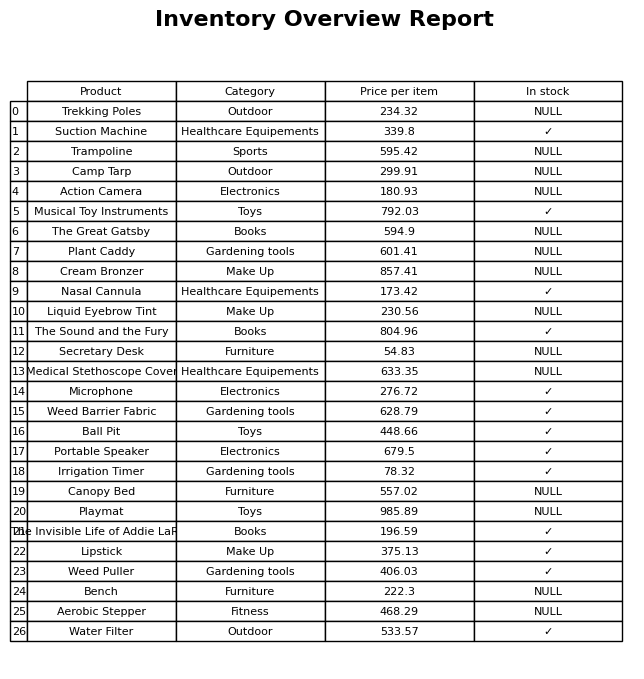
question: Which products are available in stock?
answer: Suction Machine, Musical Toy Instruments, Nasal Cannula, The Sound and the Fury, Microphone, Weed Barrier Fabric, Ball Pit, Portable Speaker, Irrigation Timer, The Invisible Life of Addie LaRue, Lipstick, Weed Puller, Water Filter